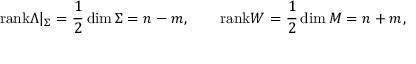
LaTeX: \mathrm { r a n k } \Lambda | _ { \Sigma } = \frac 1 2 \dim \Sigma = n - m , \qquad \mathrm { r a n k } W = \frac 1 2 \dim { \cal M } = n + m ,